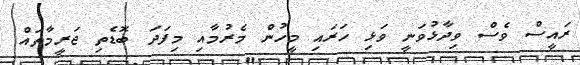
ރައީސް ވެސް ވިދާޅުވަނީ ވަޅި ހަރައި މީހުން މެރުމާއި މިފަދަ ބޮޑެތި ޖަރީމާތައް